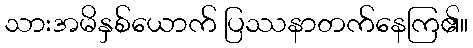
သားအမိနှစ်ယောက် ပြဿနာတက်နေကြ၏။